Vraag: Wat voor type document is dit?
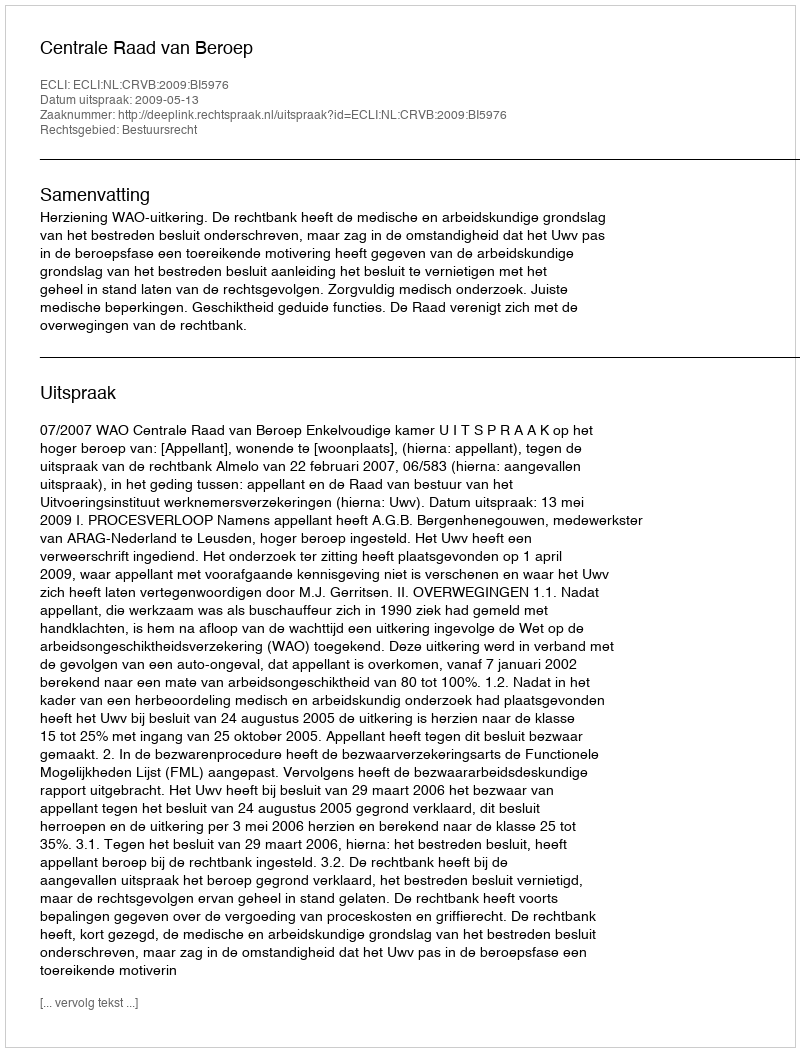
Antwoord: Uitspraak